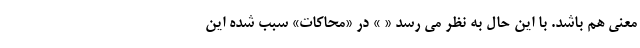
معنی هم باشد. با این حال به نظر می رسد « » در «محاکات» سبب شده این